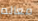
معالم